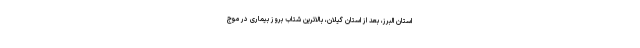
استان البرز، بعد از استان گیلان، بالاترین شتاب بروز بیماری در موج